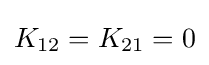
K_{12}=K_{21}=0